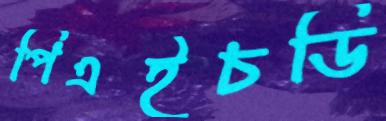
পিএইচডি